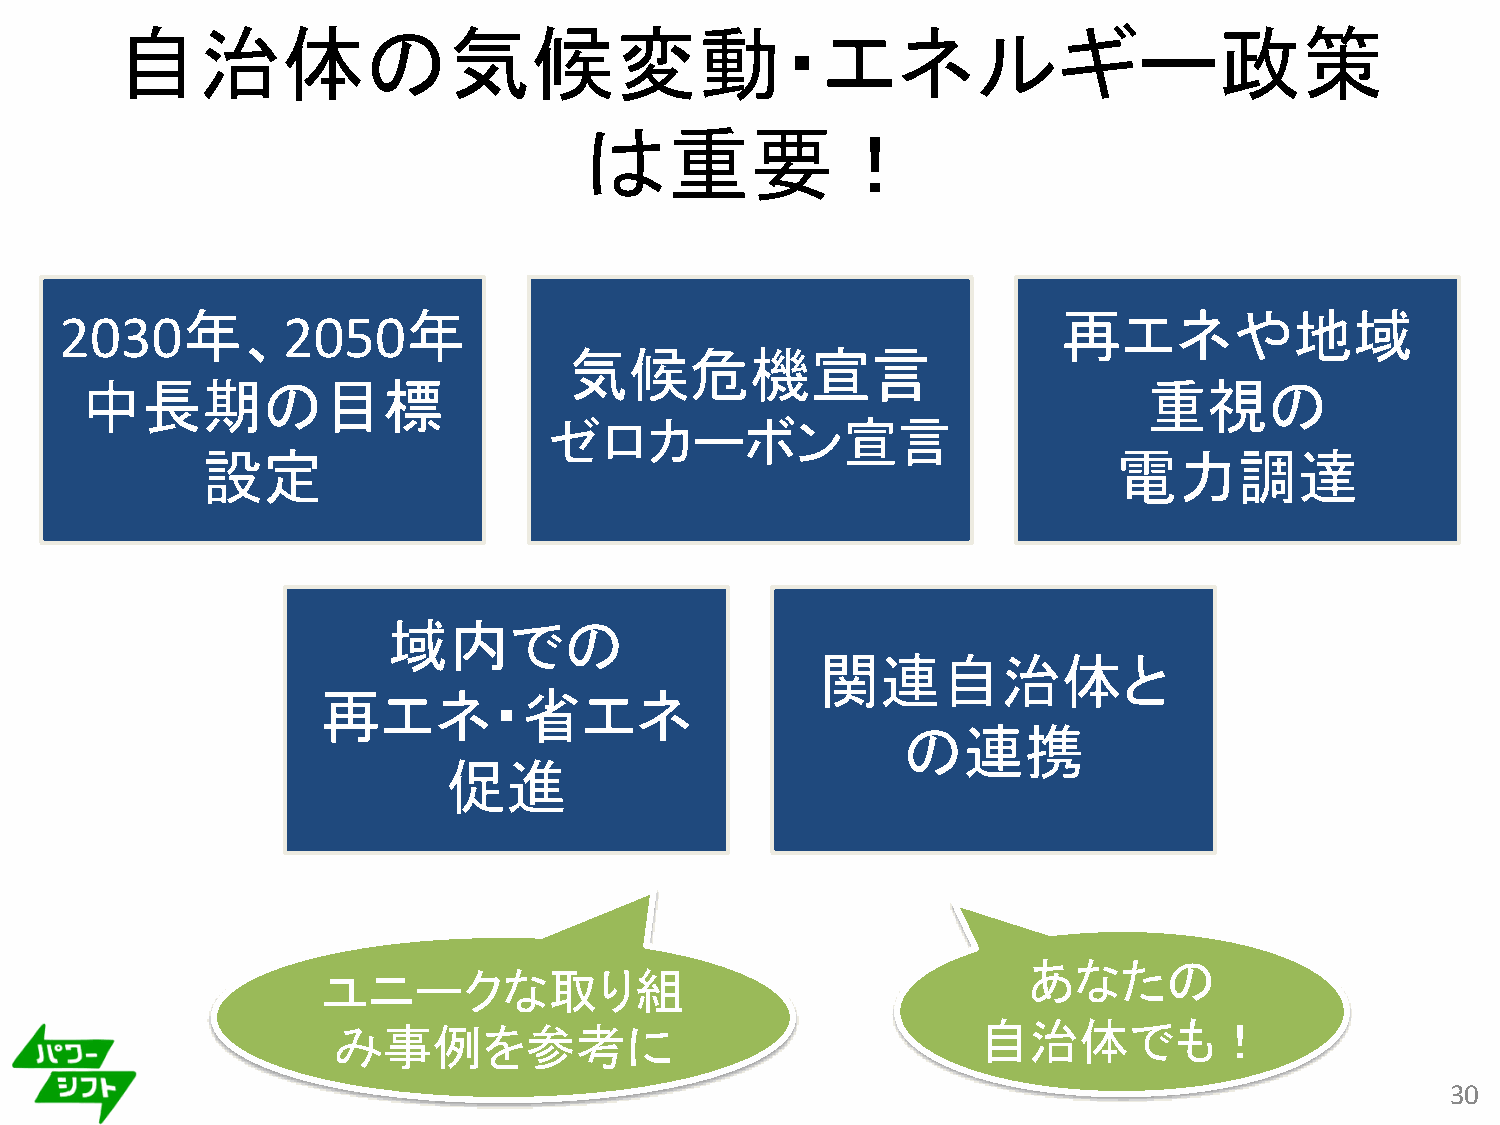
自治体の気候変動・エネルギー政策
 は重要！
 年、             年                                          再エネや地域
 2030           2050
 気候危機宣言
 中長期の目標                                                                 重視の
 ゼロカーボン宣言
 設定                                                           電力調達
 域内での
 関連自治体と
 再エネ・省エネ
 の連携
 促進
 あなたの
 ユニークな取り組
 み事例を参考に                                    自治体でも！
 30